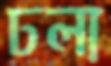
ঢলা